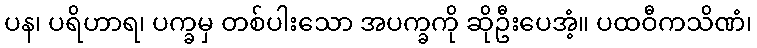
ပန၊ ပရိဟာရ၊ ပက္ခမှ တစ်ပါးသော အပက္ခကို ဆိုဦးပေအံ့။ ပထဝီကသိဏံ၊